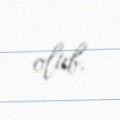
olub.